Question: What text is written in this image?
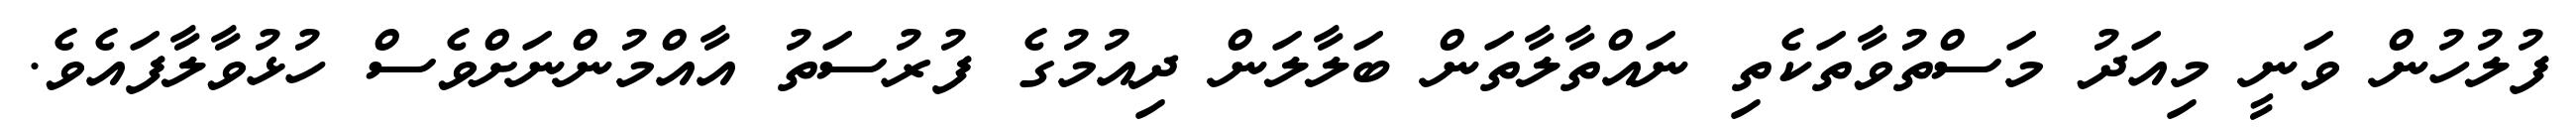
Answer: ފުލުހުން ވަނީ މިއަދު މަސްތުވާތަކެތި ނައްތާލާތަން ބަލާލަން ދިއުމުގެ ފުރުސަތު އާއްމުންނަށްވެސް ހުޅުވާލާފައެވެ.